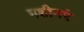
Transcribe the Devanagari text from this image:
मशीनएं